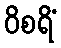
ဝိစရိံ